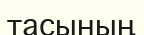
тасының